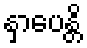
နှာပေန္တိ